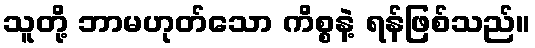
သူတို့ ဘာမဟုတ်သော ကိစ္စနဲ့ ရန်ဖြစ်သည်။